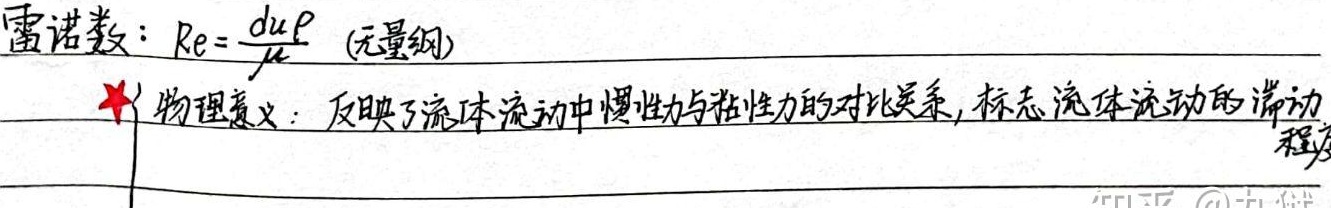
雷诺数：\(Re = \frac{du\rho}{\mu}\) (无量纲)★ 物理意义：反映了流体流动中惯性力与粘性力的对比关系，标志流体流动的湍动程度